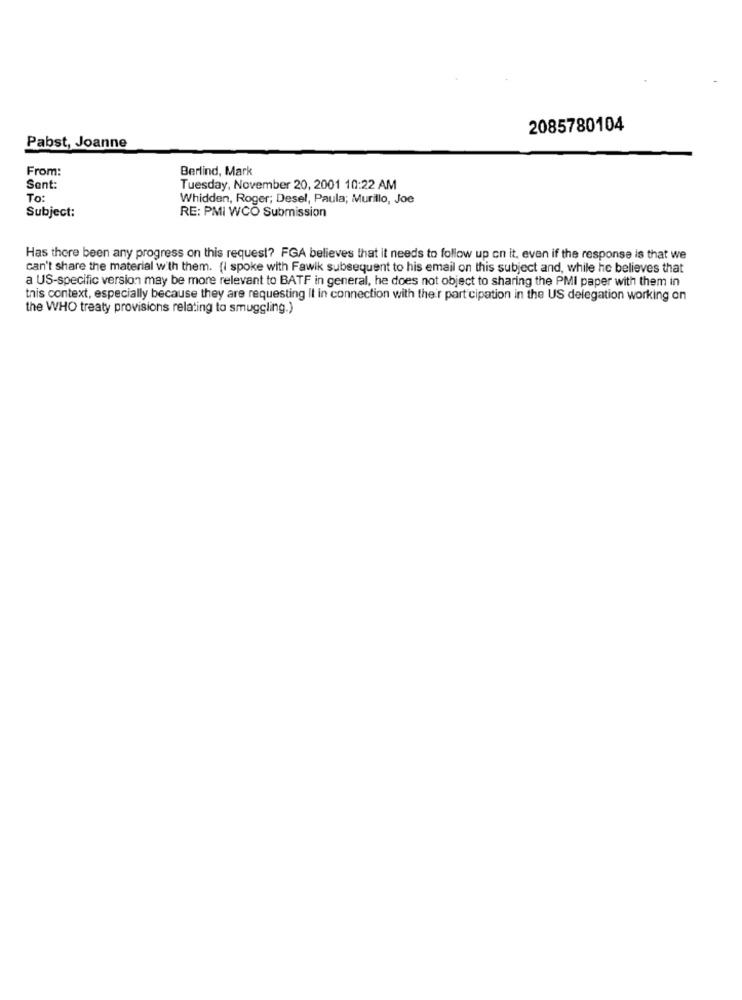
2085780104
Pabst, Joanne
From:
Berlind, Mark
Sent:
Tuesday, November 20, 2001 10:22 AM
To:
Whidden, Roger; Desel, Paula; Murillo, Joe
RE: PMI WCO Submission
Subject:
Has there been any progress on this request? FGA believes that it needs to follow up on it, even if the response is that we
can't share the material with them. (I spoke with Fawik subsequent to his email on this subject and, while he believes that
a US-specific version may be more relevant to BATF in general, he does not object to sharing the PMI paper with them in
this context, especially because they are requesting It in connection with the'r participation in the US delegation working on
the WHO treaty provisions relating to smuggling.)